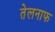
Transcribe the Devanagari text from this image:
तेलनाफ